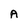
Character: A